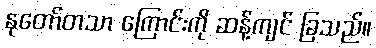
နုတော်တသာ ကြောင်းကို ဆန့်ကျင် ခြသည်။